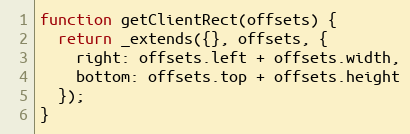
Language: JavaScript
function getClientRect(offsets) {
  return _extends({}, offsets, {
    right: offsets.left + offsets.width,
    bottom: offsets.top + offsets.height
  });
}